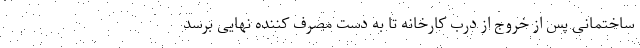
ساختمانی پس از خروج از درب کارخانه تا به دست مصرف کننده نهایی برسد